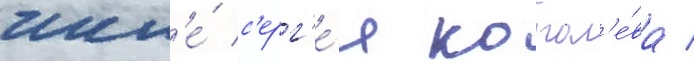
числ'е́ с'ерг'е́я корол'е́ва /